Indian journal of veterinary science and animal husbandry - Volumes 15-17, 1948-1951
Year: 1948
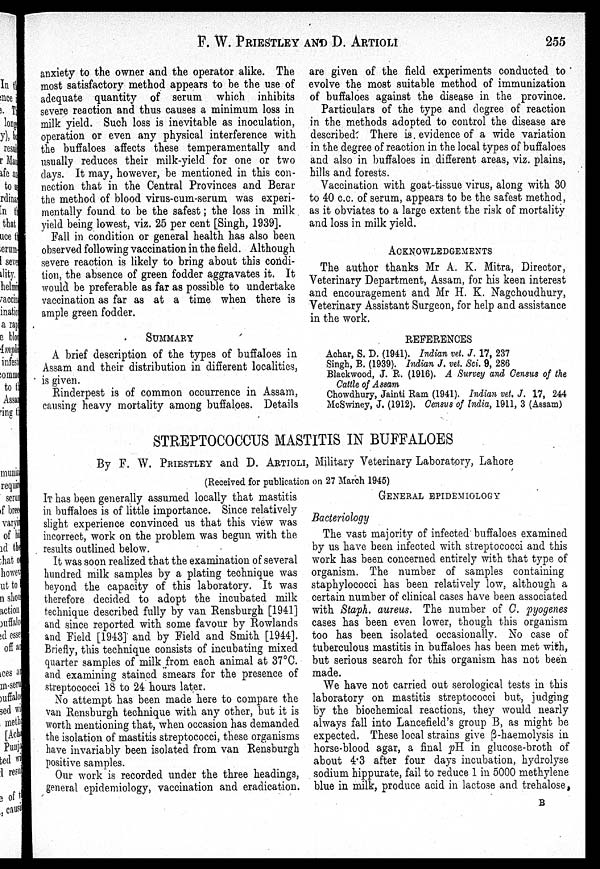
F. W. PRIESTLEY AND D.
ARTIOLI
255
anxiety to the owner and the operator alike. The
most satisfactory method appears to be the use of
adequate quantity of serum which inhibits
severe reaction and thus causes a minimum loss in
milk yield. Such loss is inevitable as inoculation,
operation or even any physical interference with
the buffaloes affects these temperamentally and
usually reduces their milk-yield for one or two
days. It may, however, be mentioned in this con-
nection that in the Central Provinces and Berar
the method of blood virus-cum-serum was experi-
mentally found to be the safest; the loss in milk
yield being lowest, viz. 25 per cent [Singh, 1939].
Fall in condition or general health has also been
observed following vaccination in the field. Although
severe reaction is likely to bring about this condi-
tion, the absence of green fodder aggravates it. It
would be preferable as far as possible to undertake
vaccination as far as at a time when there is
ample green fodder.
SUMMARY
A brief description of the types of buffaloes in
Assam and their distribution in different localities,
is given.
Rinderpest is of common occurrence in Assam,
causing heavy mortality among buffaloes. Details
are given of the field experiments conducted to
evolve the most suitable method of immunization
of buffaloes against the disease in the province.
Particulars of the type and degree of reaction
in the methods adopted to control the disease are
described. There is evidence of a wide variation
in the degree of reaction in the local types of buffaloes
and also in buffaloes in different areas, viz. plains,
hills and forests.
Vaccination with goat-tissue virus, along with 30
to 40 c.c. of serum, appears to be the safest method,
as it obviates to a large extent the risk of mortality
and loss in milk yield.
ACKOWLEDGEMENTS
The author thanks Mr A. K. Mitra, Director,
Veterinary Department, Assam, for his keen interest
and encouragement and Mr H. K. Nagchoudhury,
Veterinary Assistant Surgeon, for help and assistance
in the work.
REFERENCES
Achar, S. D. (1941). Indian vet. J. 17, 237
Singh, B. (1939). Indian J. vet. Sci. 9, 286
Blackwood, J. R. (1916). A Survey and Census of the
Cattle of Assam
Chowdhury, Jainti Ram (1941). Indian vet. J. 17, 244
McSwiney, J, (1912). Census of India, 1911, 3 (Assam)
STREPTOCOCCUS MASTITIS IN BUFFALOES
By F. W. PRIESTLEY and D. ARTIOLI, Military Veterinary Laboratory, Lahore
(Received for publication on 27 March 1945)
IT has been generally assumed locally that mastitis
in buffaloes is of little importance. Since relatively
slight experience convinced us that this view was
incorrect, work on the problem was begun with the
results outlined below.
It was soon realized that the examination of several
hundred milk samples by a plating technique was
beyond the capacity of this laboratory. It was
therefore decided to adopt the incubated milk
technique described fully by van Rensburgh [1941]
and since reported with some favour by Rowlands
and Field [1943] and by Field and Smith [1944].
Briefly, this technique consists of incubating mixed
quarter samples of milk from each animal at 37°C.
and examining stained smears for the presence of
streptococci 18 to 24 hours later.
No attempt has been made here to compare the
van Rensburgh technique with any other, but it is
worth mentioning that, when occasion has demanded
the isolation of mastitis streptococci, these organisms
have invariably been isolated from van Rensburgh
positive samples.
Our work is recorded under the three headings,
general epidemiology, vaccination and eradication.
GENERAL EPIDEMIOLOGY
Bacteriology
The vast majority of infected buffaloes examined
by us have been infected with streptococci and this
work has been concerned entirely with that type of
organism. The number of samples containing
staphylococci has been relatively low, although a
certain number of clinical cases have been associated
with Staph, aureus. The number of C. pyogenes
cases has been even lower, though this organism
too has been isolated occasionally. No case of
tuberculous mastitis in buffaloes has been met with,
but serious search for this organism has not been
made.
We have not carried out serological tests in this
laboratory on mastitis streptococci but, judging
by the biochemical reactions, they would nearly
always fall into Lancefield's group B, as might be
expected. These local strains give ß-haemolysis in
horse-blood agar, a final pH in glucose-broth of
about 4.3 after four days incubation, hydrolyse
sodium hippurate, fail to reduce 1 in 5000 methylene
blue in milk, produce acid in lactose and trehalose,
B